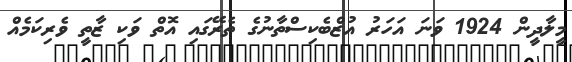
މީލާދީން 1924 ވަނަ އަހަރު އުޒްބެކިސްތާނުގެ ތެރޭގައި އޮތް ވަކި ޒާތީ ވެރިކަމެއް